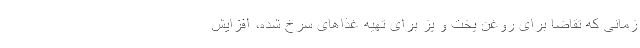
زمانی که تقاضا برای روغن پخت و پز برای تهیه غذاهای سرخ شده، افزایش